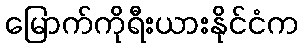
မြောက်ကိုရီးယားနိုင်ငံက